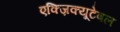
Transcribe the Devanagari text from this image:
एक्ज़िक्यूटेबल